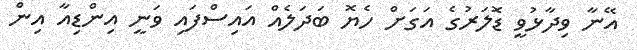
އޭނާ ވިދާޅުވީ ޑޮލަރުގެ އަގަށް ހެޔޮ ބަދަލެއް އައިސްފައި ވަނީ އިންޑިއާ އިން